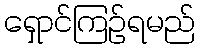
ရှောင်ကြဉ်ရမည်